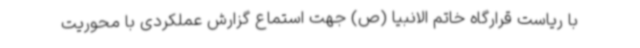
با ریاست قرارگاه خاتم الانبیا (ص) جهت استماع گزارش عملکردی با محوریت